Report on lock hospitals in British Burma
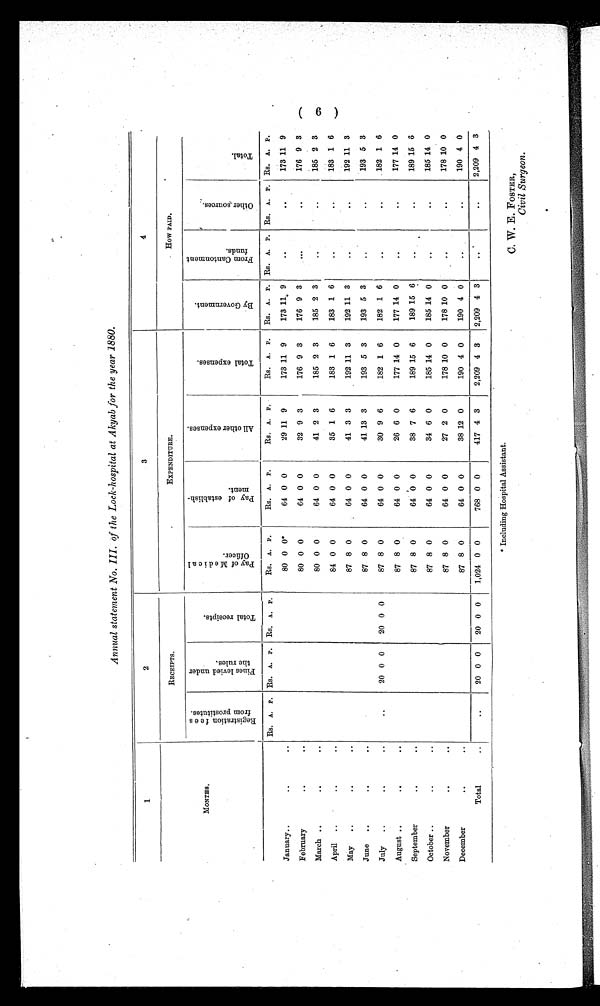
Annual statement No. III. of the Lock-hospital at Akyab for the year 1880.
1
2
3
4
MONTHS.
RECEIPTS.
EXPENDITURE.
How PAID.
R e g i s t r a t i o n f e e s
f r o m p r o s t i t u t e s .
F i n e s l e v i e d u n d e r
t h e r u l e s .
T o t a l r e c e i p t s .
P a y o f M e d i c a l
O f f i c e r .
P a y o f e s t a b l i s h -
m e n t .
A l l o t h e r e x p e n s e s .
T o t a l e x p e n s e s .
B y G o v e r n m e n t .
F r o m C a n t o n m e n t
f u n d s .
O t h e r s o u r c e s .
T o t a l .
Rs. A. P. Rs. A. P. Rs. A. P.
Rs. A. P.
Rs. A. P.
Rs. A. P.
Rs. A. P. Rs. A. P. Rs. A. P. Rs. A. P. Rs. A. P.
January..
..
..
80 0 0*
64 0 0
29 11 9
173 11 9
173 11 9
..
..
173 11 9
February
..
..
80 0 0
64 0 0
32 9 3
176 9 3
176 9 3
. .
..
176 9 3
March ..
..
..
80 0 0
64 0 0
41 2 3
185 2 3
185 2 3
..
..
185 2 3
April ..
..
..
84 0 0
64 0 0
35 1 6
183 1 6
183 1 6
..
..
183 1 6
May ..
..
..
87 8 0
64 0 0
41 3 3
192 11 3
192 11 3
..
..
192 11 3
June ..
..
..
87 8 0
64 0 0
41 13 3
193 5 3
193 5 3
..
..
193 5 3
July ..
..
..
..
20 0 0
20 0 0
87 8 0
64 0 0
30 9 6
182 1 6
182 1 6
..
..
182 1 6
August ..
. . .
. . .
87 8 0
64 0 0
26 6 0
177 14 0
177 14 0
..
..
177 14 0
September
..
..
87 8 0
64 0 0
38 7 6
189 15 6
189 15 6
..
189 15 6
October..
..
..
87 8 0
64 0 0
34 6 0
185 14 0
185 14 0
..
..
185 14 0
November
..
..
87 8 0
64 0 0
27 2 0
178 10 0
178 10 0
..
..
178 10 0
December
..
..
87 8 0
64 0 0
38 12 0
190 4 0
190 4 0
..
..
190 4 0
Total
..
..
20 0 0 20 0 0
1,024 0 0
768 0 0
417 4 3
2,209 4 3 2,209 4 3
..
..
2,209 4 3
* Including Hospital Assistant.
C. W. E. FOSTER,
Civil Surgeon.
( 6 )